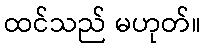
ထင်သည် မဟုတ်။